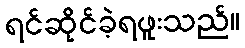
ရင်ဆိုင်ခဲ့ရဖူးသည်။